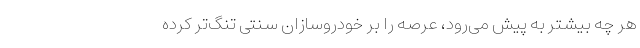
هر چه بیشتر به پیش می‌رود، عرصه را بر خودروسازان سنتی تنگ‌تر کرده